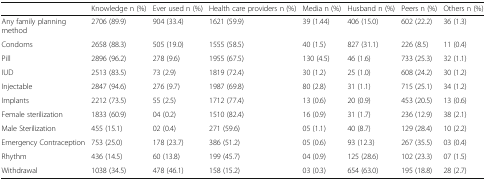
<table><thead><tr><td></td><td><b>Knowledge n (%)</b></td><td><b>Ever used n (%)</b></td><td><b>Health care providers n (%)</b></td><td><b>Media n (%)</b></td><td><b>Husband n (%)</b></td><td><b>Peers n (%)</b></td><td><b>Others n (%)</b></td></tr></thead><tbody><tr><td>Any family planning method</td><td>2706 (89.9)</td><td>904 (33.4)</td><td>1621 (59.9)</td><td>39 (1.44)</td><td>406 (15.0)</td><td>602 (22.2)</td><td>36 (1.3)</td></tr><tr><td>Condoms</td><td>2658 (88.3)</td><td>505 (19.0)</td><td>1555 (58.5)</td><td>40 (1.5)</td><td>827 (31.1)</td><td>226 (8.5)</td><td>11 (0.4)</td></tr><tr><td>Pill</td><td>2896 (96.2)</td><td>278 (9.6)</td><td>1955 (67.5)</td><td>130 (4.5)</td><td>46 (1.6)</td><td>733 (25.3)</td><td>32 (1.1)</td></tr><tr><td>IUD</td><td>2513 (83.5)</td><td>73 (2.9)</td><td>1819 (72.4)</td><td>30 (1.2)</td><td>25 (1.0)</td><td>608 (24.2)</td><td>30 (1.2)</td></tr><tr><td>Injectable</td><td>2847 (94.6)</td><td>276 (9.7)</td><td>1987 (69.8)</td><td>80 (2.8)</td><td>31 (1.1)</td><td>715 (25.1)</td><td>34 (1.2)</td></tr><tr><td>Implants</td><td>2212 (73.5)</td><td>55 (2.5)</td><td>1712 (77.4)</td><td>13 (0.6)</td><td>20 (0.9)</td><td>453 (20.5)</td><td>13 (0.6)</td></tr><tr><td>Female sterilization</td><td>1833 (60.9)</td><td>04 (0.2)</td><td>1510 (82.4)</td><td>16 (0.9)</td><td>31 (1.7)</td><td>236 (12.9)</td><td>38 (2.1)</td></tr><tr><td>Male Sterilization</td><td>455 (15.1)</td><td>02 (0.4)</td><td>271 (59.6)</td><td>05 (1.1)</td><td>40 (8.7)</td><td>129 (28.4)</td><td>10 (2.2)</td></tr><tr><td>Emergency Contraception</td><td>753 (25.0)</td><td>178 (23.7)</td><td>386 (51.2)</td><td>05 (0.6)</td><td>93 (12.3)</td><td>267 (35.5)</td><td>03 (0.4)</td></tr><tr><td>Rhythm</td><td>436 (14.5)</td><td>60 (13.8)</td><td>199 (45.7)</td><td>04 (0.9)</td><td>125 (28.6)</td><td>102 (23.3)</td><td>07 (1.5)</td></tr><tr><td>Withdrawal</td><td>1038 (34.5)</td><td>478 (46.1)</td><td>158 (15.2)</td><td>03 (0.3)</td><td>654 (63.0)</td><td>195 (18.8)</td><td>28 (2.7)</td></tr></tbody></table>